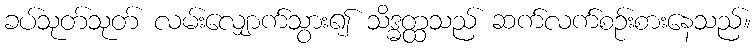
ခပ်သုတ်သုတ် လမ်းလျှောက်သွား၍ သိဒ္ဓတ္ထသည် ဆက်လက်စဉ်းစားနေသည်။